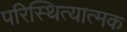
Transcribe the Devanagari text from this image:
परिस्थित्यात्मक